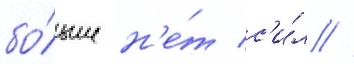
бо́льше н'е́т с'и́л //